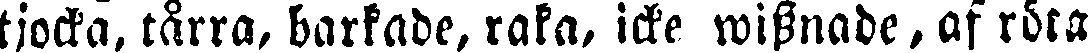
tjocka, tårra, barkade, raka, icke wissnade, af röra